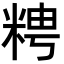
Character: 𥺒